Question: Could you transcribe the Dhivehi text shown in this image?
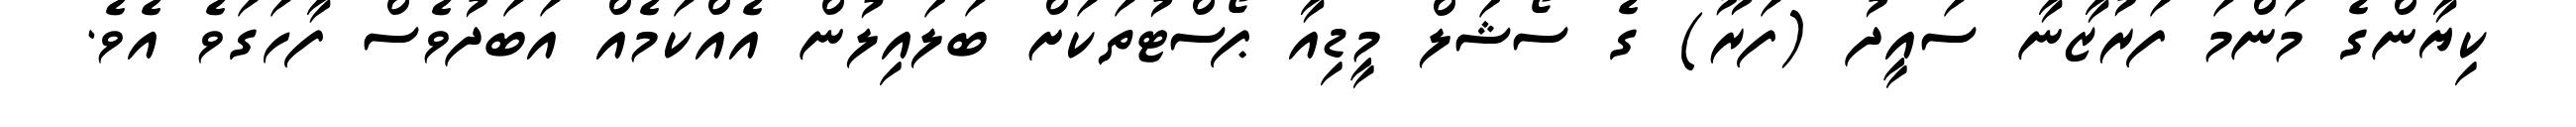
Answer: ކިޔާންގެ މަންމަ ފަރުޒާނާ ސައީދު (ފަރޫ) ގެ ސޯޝަލް މީޑިއާ ޕޯސްޓުތަކަށް ބަލައިލުން އެއްކަމެއް އަބަދުވެސް ފާހަގަވެ އެވެ.